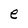
Character: e